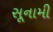
સૂનામી